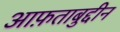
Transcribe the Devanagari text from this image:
आफ़ताबुद्दीन